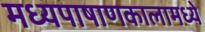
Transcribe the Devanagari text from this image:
मध्यपाषाणकालामध्ये